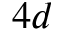
4 d